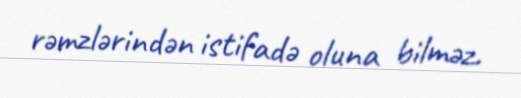
rəmzlərindən istifadə oluna bilməz.